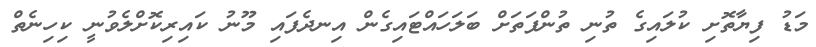
މަޑު ފިޔާތޮށި ކުލައިގެ ތުނި ތުންފަތަށް ބަލަހައްޓައިގެން އިނދެފައި މޫނު ކައިރިކޮށްލެވުނީ ކިހިނެތް